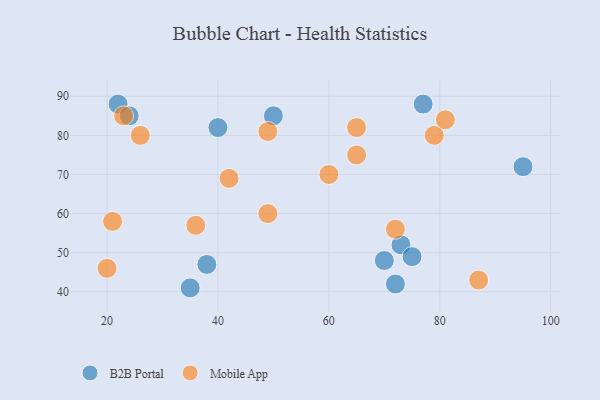
{"axis": {"x": "GDP", "y": "Life Expectancy"}, "legend": ["B2B Portal", "Mobile App"], "data": [{"x": "38", "y": 47, "type": "B2B Portal"}, {"x": "22", "y": 88, "type": "B2B Portal"}, {"x": "35", "y": 41, "type": "B2B Portal"}, {"x": "70", "y": 48, "type": "B2B Portal"}, {"x": "77", "y": 88, "type": "B2B Portal"}, {"x": "72", "y": 42, "type": "B2B Portal"}, {"x": "95", "y": 72, "type": "B2B Portal"}, {"x": "24", "y": 85, "type": "B2B Portal"}, {"x": "40", "y": 82, "type": "B2B Portal"}, {"x": "73", "y": 52, "type": "B2B Portal"}, {"x": "50", "y": 85, "type": "B2B Portal"}, {"x": "75", "y": 49, "type": "B2B Portal"}, {"x": "42", "y": 69, "type": "Mobile App"}, {"x": "60", "y": 70, "type": "Mobile App"}, {"x": "79", "y": 80, "type": "Mobile App"}, {"x": "26", "y": 80, "type": "Mobile App"}, {"x": "36", "y": 57, "type": "Mobile App"}, {"x": "49", "y": 60, "type": "Mobile App"}, {"x": "21", "y": 58, "type": "Mobile App"}, {"x": "81", "y": 84, "type": "Mobile App"}, {"x": "49", "y": 81, "type": "Mobile App"}, {"x": "20", "y": 46, "type": "Mobile App"}, {"x": "65", "y": 75, "type": "Mobile App"}, {"x": "72", "y": 56, "type": "Mobile App"}, {"x": "23", "y": 85, "type": "Mobile App"}, {"x": "87", "y": 43, "type": "Mobile App"}, {"x": "65", "y": 82, "type": "Mobile App"}]}